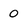
Character: 0